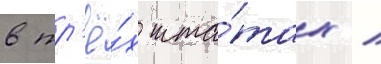
в тр'ё́х шта́тах /